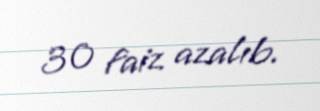
30 faiz azalıb.